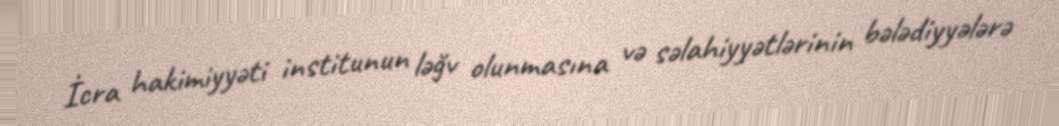
İcra hakimiyyəti institunun ləğv olunmasına və səlahiyyətlərinin bələdiyyələrə